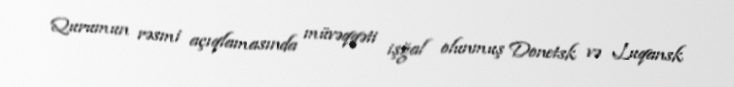
Qurumun rəsmi açıqlamasında müvəqqəti işğal olunmuş Donetsk və Luqansk